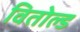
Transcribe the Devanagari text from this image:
वितोल्ड